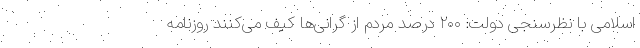
اسلامی با نظرسنجی دولت: ۲۰۰ درصد مردم از گرانی‌ها کیف می‌کنند روزنامه